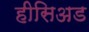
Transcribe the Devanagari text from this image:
हीसिअड